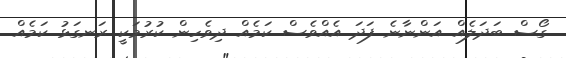
ގޯސް ބަދަލެއް އަންނާނެ ފަދަ އެއްވެސް ކަމެއް ދިވެހިން ކުރުމަކީ ރަނގަޅު ކަމެއް